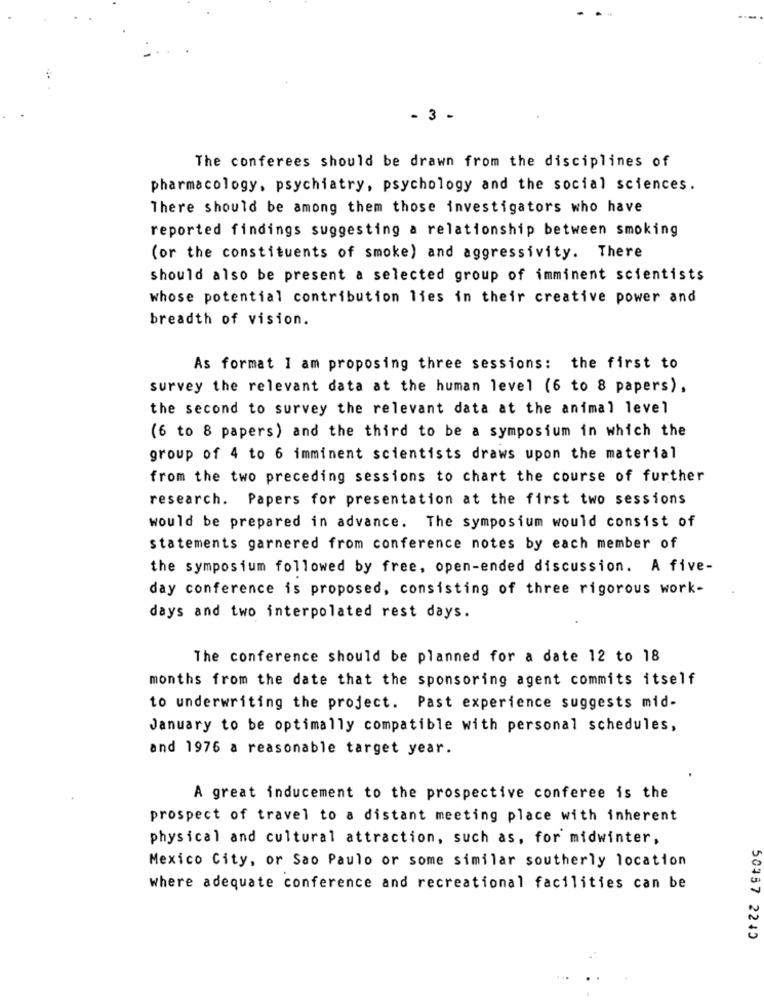
- 3 -
The conferees should be drawn from the disciplines of
pharmacology, psychiatry, psychology and the social sciences.
There should be among them those investigators who have
reported findings suggesting a relationship between smoking
(or the constituents of smoke) and aggressivity. There
should also be present a selected group of imminent scientists
whose potential contribution lies in their creative power and
breadth of vision.
As format I am proposing three sessions: the first to
survey the relevant data at the human level (6 to 8 papers),
the second to survey the relevant data at the animal level
(6 to 8 papers) and the third to be a symposium in which the
group of 4 to 6 imminent scientists draws upon the material
from the two preceding sessions to chart the course of further
research. Papers for presentation at the first two sessions
would be prepared in advance. The symposium would consist of
statements garnered from conference notes by each member of
the symposium followed by free, open-ended discussion. A five-
day conference is proposed, consisting of three rigorous work-
days and two interpolated rest days.
The conference should be planned for a date 12 to 18
months from the date that the sponsoring agent commits itself
to underwriting the project. Past experience suggests mid-
January to be optimally compatible with personal schedules,
and 1976 a reasonable target year.
A great inducement to the prospective conferee is the
prospect of travel to a distant meeting place with inherent
physical and cultural attraction, such as, for midwinter,
Mexico City, or Sao Paulo or some similar southerly location
where adequate conference and recreational facilities can be
50337 2245